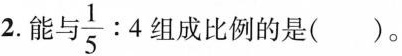
2.能与 \frac{1}{5}:4 组成比例的是()。